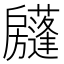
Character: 𢩣